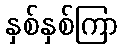
နှစ်နှစ်ကြာ